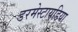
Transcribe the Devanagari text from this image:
डरमेस्टायडिया